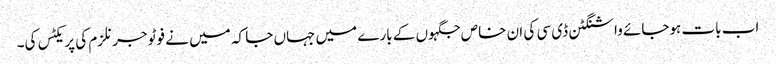
اب بات ہوجائے واشنگٹن ڈی سی کی ان خاص جگہوں کے بارے میں جہاں جا کہ میں نے فوٹو جرنلزم کی پریکٹس کی۔